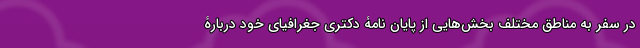
در سفر به مناطق مختلف بخش‌هایی از پایان نامۀ دکتری جغرافیای خود دربارۀ